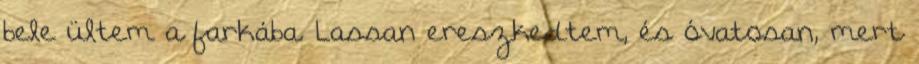
bele ültem a farkába. Lassan ereszkedtem, és óvatosan, mert